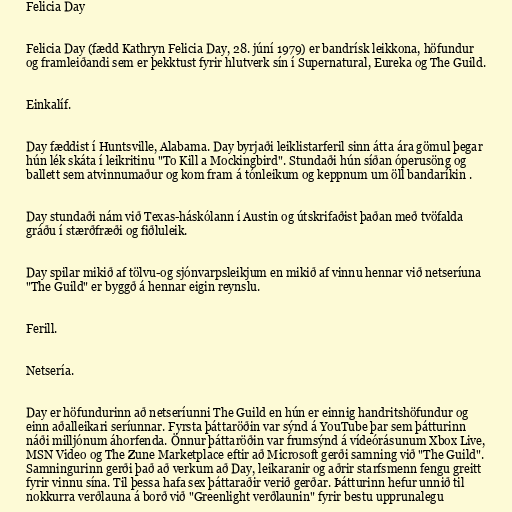
Felicia Day

Felicia Day (fædd Kathryn Felicia Day, 28. júní 1979) er bandrísk leikkona, höfundur
og framleiðandi sem er þekktust fyrir hlutverk sín í Supernatural, Eureka og The Guild.

Einkalíf.

Day fæddist í Huntsville, Alabama. Day byrjaði leiklistarferil sinn átta ára gömul þegar
hún lék skáta í leikritinu "To Kill a Mockingbird". Stundaði hún síðan óperusöng og
ballett sem atvinnumaður og kom fram á tónleikum og keppnum um öll bandaríkin .

Day stundaði nám við Texas-háskólann í Austin og útskrifaðist þaðan með tvöfalda
gráðu í stærðfræði og fiðluleik.

Day spilar mikið af tölvu-og sjónvarpsleikjum en mikið af vinnu hennar við netseríuna
"The Guild" er byggð á hennar eigin reynslu.

Ferill.

Netsería.

Day er höfundurinn að netseríunni The Guild en hún er einnig handritshöfundur og
einn aðalleikari seríunnar. Fyrsta þáttaröðin var sýnd á YouTube þar sem þátturinn
náði milljónum áhorfenda. Önnur þáttaröðin var frumsýnd á vídeórásunum Xbox Live,
MSN Video og The Zune Marketplace eftir að Microsoft gerði samning við "The Guild".
Samningurinn gerði það að verkum að Day, leikaranir og aðrir starfsmenn fengu greitt
fyrir vinnu sína. Til þessa hafa sex þáttaraðir verið gerðar. Þátturinn hefur unnið til
nokkurra verðlauna á borð við "Greenlight verðlaunin" fyrir bestu upprunalegu